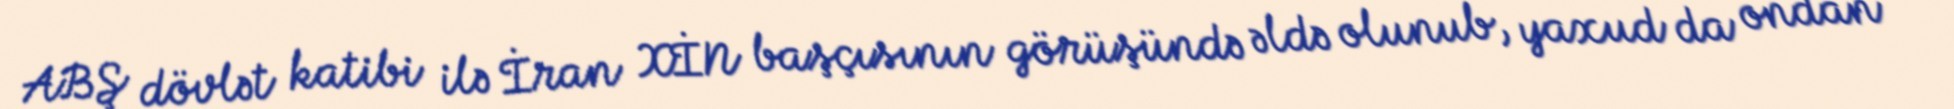
ABŞ dövlət katibi ilə İran XİN başçısının görüşündə əldə olunub, yaxud da ondan